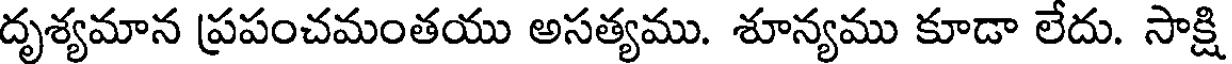
దృశ్యమాన ప్రపంచమంతయు అసత్యము. శూన్యము కూడా లేదు. సాక్షి